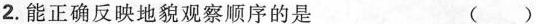
2.能正确反映地貌观察顺序的是 ( )